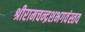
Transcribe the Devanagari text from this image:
श्रीरामचन्द्रशभगवंस्तव